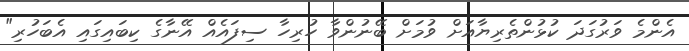
އެންމެ ވަރުގަދަ ކުޅުންތެރިޔާއަށް ވުމަށް ބޭނުންވާ ހުރިހާ ސިފައެއް އޭނާގެ ކިބައިގައި އެބަހުރި"